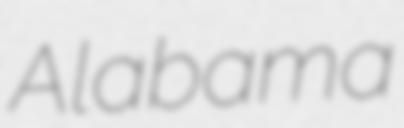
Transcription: Alabama